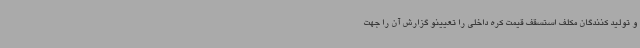
و تولید کنندگان مکلف استسقف قیمت کره داخلی را تعیینو گزارش آن را جهت